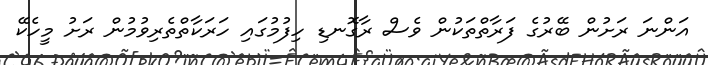
އަންނަ ރަށުން ބޭރުގެ ފަރާތްތަކުން ވެސް ރާގޮނޑި ހިފުމުގައި ހަރަކާތްތެރިވުމުން ރަށު މީހެކޭ